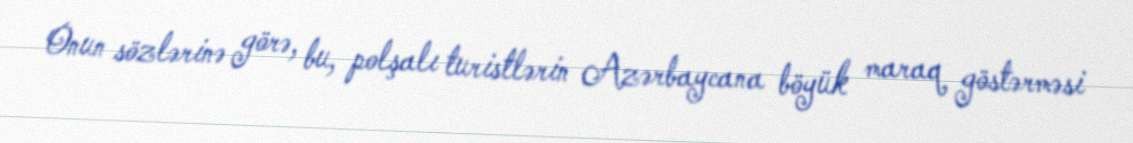
Onun sözlərinə görə, bu, polşalı turistlərin Azərbaycana böyük maraq göstərməsi